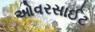
ઓવરસાઈટ